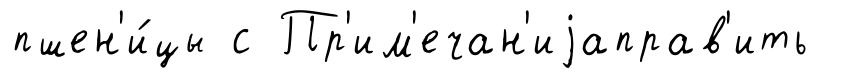
пшен'и́цы с Пр'им'ечан'иjаправ'ить